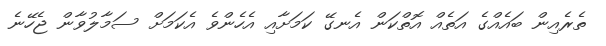
ތެރެއިން ބައެއްގެ އަތެއް އޮތްކަން އެނގޭ ކަމަށާއި އެހެންވެ އެކަމަށް ސަމާލުވާން ޖެހޭނެ